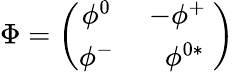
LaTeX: \Phi=\left(\begin{array}{cc}{{\phi^{0}\ }}&{{-\phi^{+}\ }}\\ {{\phi^{-}\ }}&{{\ \phi^{0*}}}\end{array}\right)